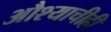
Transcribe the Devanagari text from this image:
औश्याचीही